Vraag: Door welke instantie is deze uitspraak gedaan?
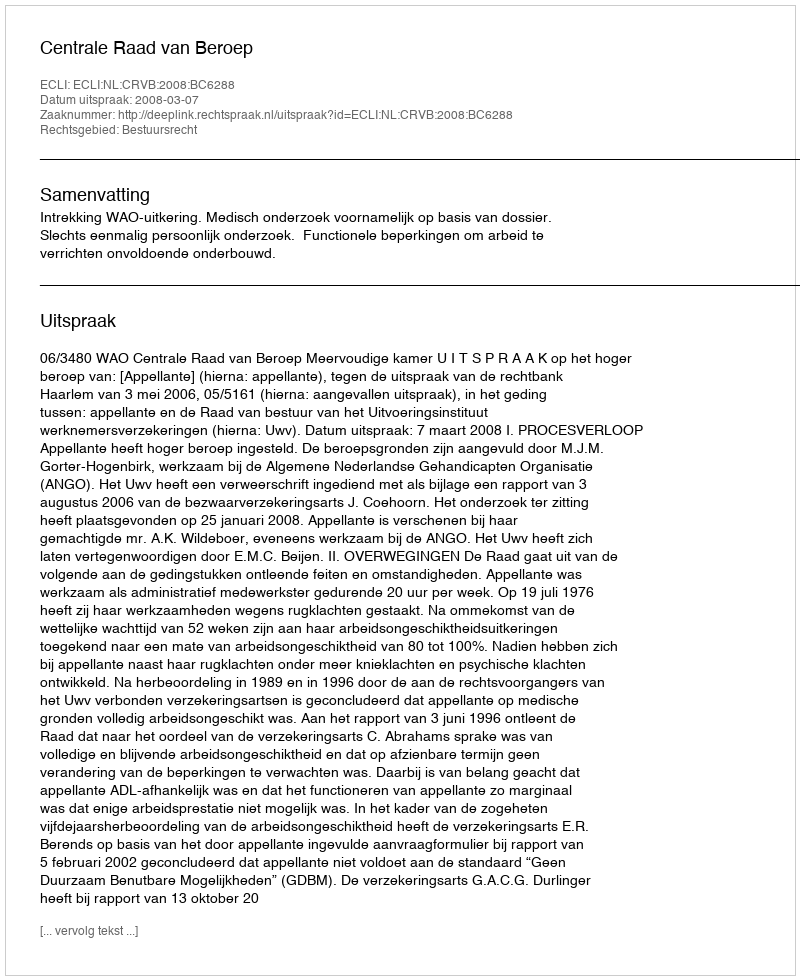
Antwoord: Centrale Raad van Beroep